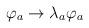
LaTeX: \begin{align*}\varphi_{a} \rightarrow \lambda_{a} \varphi_{a}\end{align*}